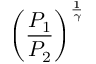
\left( { \frac { P _ { 1 } } { P _ { 2 } } } \right) ^ { \frac { 1 } { \gamma } }